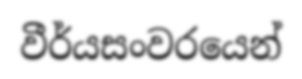
වීර්යසංවරයෙන්